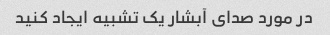
در مورد صدای آبشار یک تشبیه ایجاد کنید